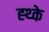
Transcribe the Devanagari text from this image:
ह्थ्के